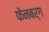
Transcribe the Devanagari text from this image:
फेनबर्ग